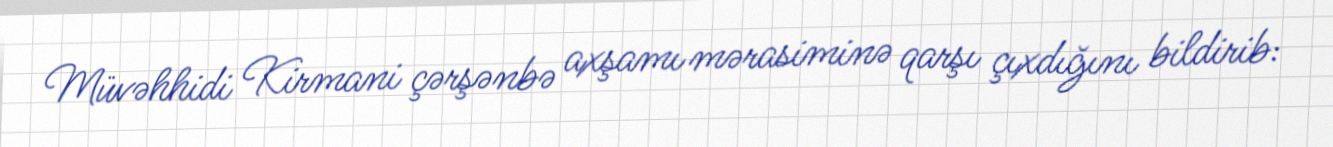
Müvəhhidi Kirmani çərşənbə axşamı mərasiminə qarşı çıxdığını bildirib: